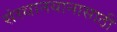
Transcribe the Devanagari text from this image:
संस्थानयानासाठी